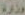
وزارة